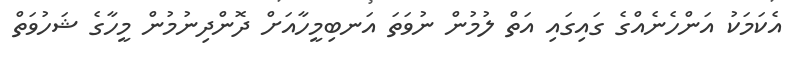
އެކަމަކު އަންހެނެއްގެ ގައިގައި އަތް ލުމުން ނުވަތަ އަނބިމީހާއަށް ދޮންދިނުމުން މީހާގެ ޝަހުވަތް